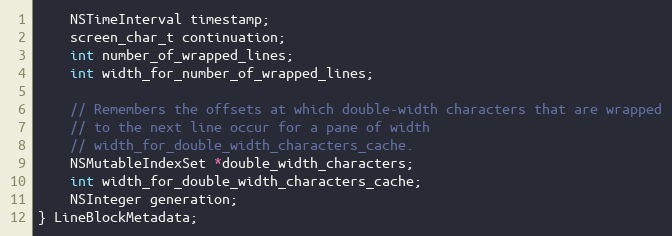
Language: C
    NSTimeInterval timestamp;
    screen_char_t continuation;
    int number_of_wrapped_lines;
    int width_for_number_of_wrapped_lines;

    // Remembers the offsets at which double-width characters that are wrapped
    // to the next line occur for a pane of width
    // width_for_double_width_characters_cache.
    NSMutableIndexSet *double_width_characters;
    int width_for_double_width_characters_cache;
    NSInteger generation;
} LineBlockMetadata;